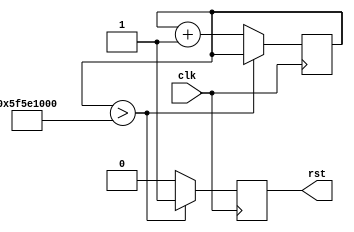
/*
	Ivan I. Ovchinnikov
	last upd.: 2016.02.20
*/

module globalReset			// to use this: set the initial for (~reset) and main circuit for (reset)
#(
	parameter clockFreq = 32'd80000000,
	parameter delayInSec = 20
)
(
	input clk,				// 40 MHz
	output reg rst			// global enable
);
reg [63:0] count = 0;

always@(posedge clk)
begin
	if (count > clockFreq*delayInSec) rst <= 1;		// on fpga start count 62 clocks and set global enable
	else begin rst <= 0; count <= count + 1'b1; end		// while count set enabe to low level
end
endmodule